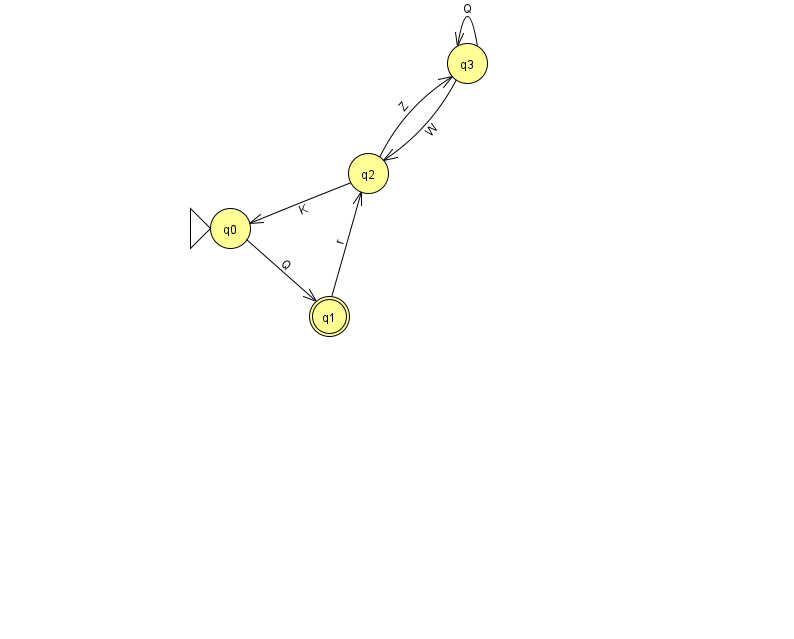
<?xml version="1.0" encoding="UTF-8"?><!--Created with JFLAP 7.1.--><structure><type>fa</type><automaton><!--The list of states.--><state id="0" name="q0"><x>230.0</x><y>215.0</y><initial/></state><state id="1" name="q1"><x>329.0</x><y>303.0</y><final/></state><state id="2" name="q2"><x>368.0</x><y>160.0</y></state><state id="3" name="q3"><x>467.0</x><y>50.0</y></state><!--The list of transitions.--><transition><from>3</from><to>3</to><read>Q</read></transition><transition><from>2</from><to>0</to><read>K</read></transition><transition><from>1</from><to>2</to><read>r</read></transition><transition><from>3</from><to>2</to><read>W</read></transition><transition><from>2</from><to>3</to><read>Z</read></transition><transition><from>0</from><to>1</to><read>Q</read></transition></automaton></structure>